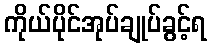
ကိုယ်ပိုင်အုပ်ချုပ်ခွင့်ရ